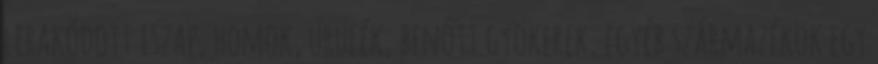
lerakódott iszap, homok, ürülék, benőtt gyökerek, egyéb származékok egy